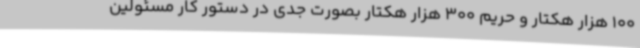
100 هزار هکتار و حریم 300 هزار هکتار بصورت جدی در دستور کار مسئولین